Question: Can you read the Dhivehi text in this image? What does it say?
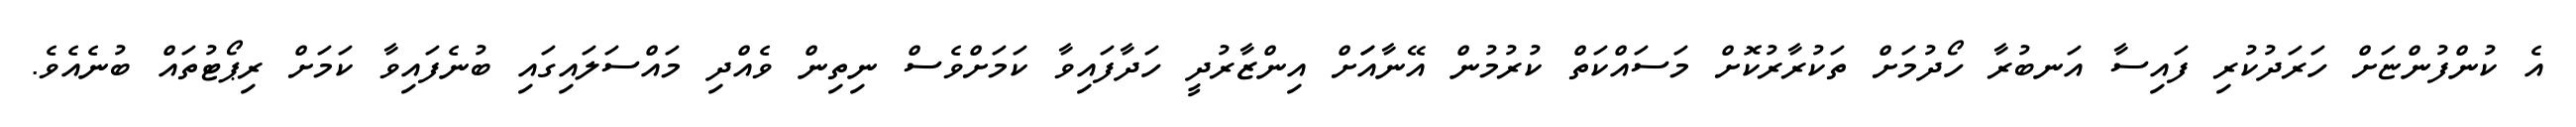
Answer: އެ ކުންފުންޏަށް ހަރަދުކުރި ފައިސާ އަނބުރާ ހޯދުމަށް ތަކުރާރުކޮށް މަސައްކަތް ކުރުމުން އޭނާއަަށް އިންޒާރުދީ ހަދާފައިވާ ކަމަށްވެސް ނިތިން ވެއްދި މައްސަލައިގައި ބުނެފައިވާ ކަމަށް ރިޕޯޓުތައް ބުނެއެވެ.